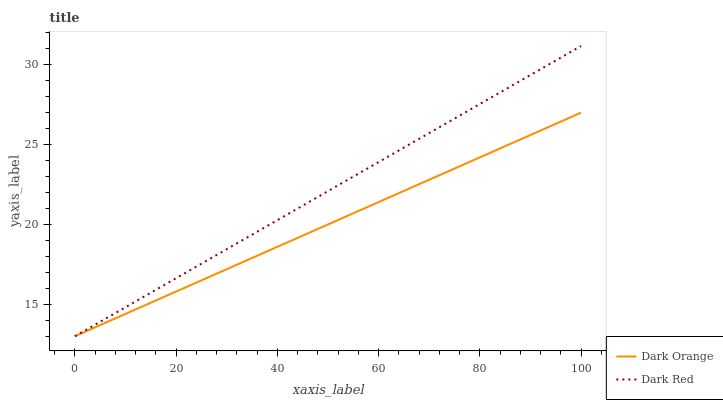
| xaxis_label | Dark Orange | Dark Red |
 | --- | --- | --- |
 | 0 | 13 | 13 |
 | 16.7 | 15.3 | 16 |
 | 33.3 | 17.7 | 19 |
 | 50 | 20 | 22.1 |
 | 66.7 | 22.3 | 25.1 |
 | 83.3 | 24.6 | 28.1 |
 | 100 | 27 | 31.1 |